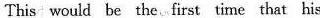
This would be the first time that his